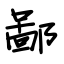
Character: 鄙